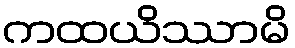
ကထယိဿာမိ